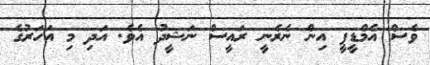
ވެސް އެމްޑީޕީ އިން ނެރެނީ ރައީސް ނަޝީދު އެވެ. އަދި މި އަހަރުގެ